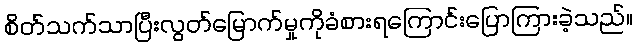
စိတ်သက်သာပြီးလွတ်မြောက်မှုကိုခံစားရကြောင်းပြောကြားခဲ့သည်။